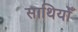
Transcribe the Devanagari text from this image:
साथियोँ